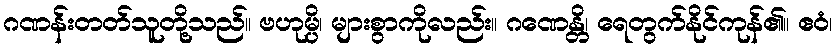
ဂဏန်းတတ်သူတို့သည်။ ဗဟုမ္ပိ၊ များစွာကိုလည်း။ ဂဏေန္တိ၊ ရေတွက်နိုင်ကုန်၏။ ဧဝံ၊